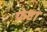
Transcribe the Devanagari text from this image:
फ्रंटा